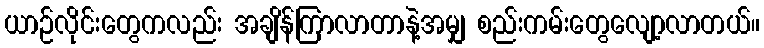
ယာဉ်လိုင်းတွေကလည်း အချိန်ကြာလာတာနဲ့အမျှ စည်းကမ်းတွေလျော့လာတယ်။